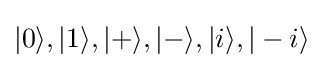
|0\rangle ,|1\rangle ,|+\rangle ,|-\rangle ,|i\rangle ,|-i\rangle